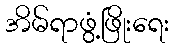
အိမ်ရာဖွံ့ဖြိုးရေး